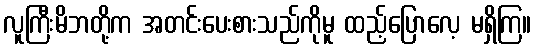
လူကြီးမိဘတို့က အတင်းပေးစားသည်ကိုမူ ထည့်ပြောလေ့ မရှိကြ။